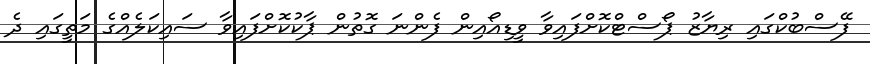
ފޭސްބުކްގައި ރިޔާޒު ޕޯސްޓްކޮށްފައިވާ ވީޑިއޯއިން ފެންނަ ގޮތުން ޕާކުކޮށްފައިވާ ސައިކަލެއްގެ މަތީގައި ދެ